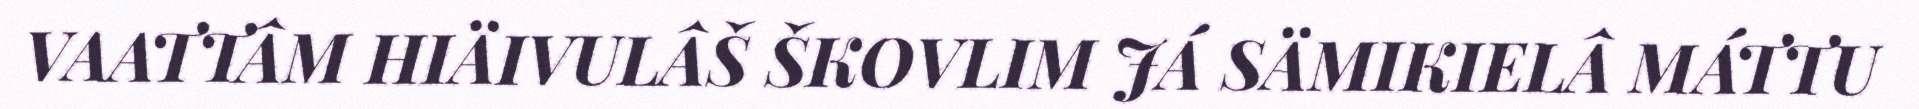
VAATTÂM HIÄIVULÂŠ ŠKOVLIM JÁ SÄMIKIELÂ MÁTTU